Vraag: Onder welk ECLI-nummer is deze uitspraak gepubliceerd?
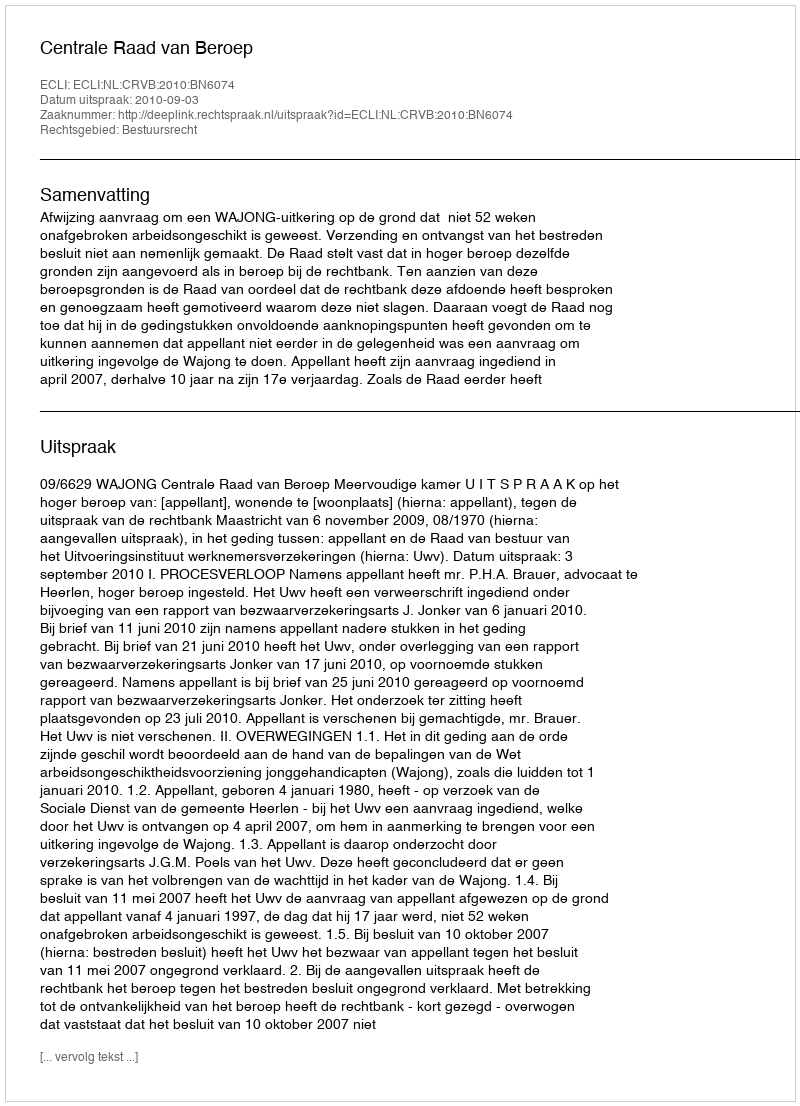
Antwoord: ECLI:NL:CRVB:2010:BN6074